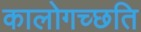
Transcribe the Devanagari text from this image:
कालोगच्छति